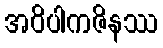
အဝိပါကဇိနဿ